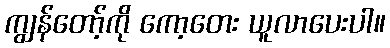
ကျွန်တော့်ကို ကော့တေး ယူလာပေးပါ။